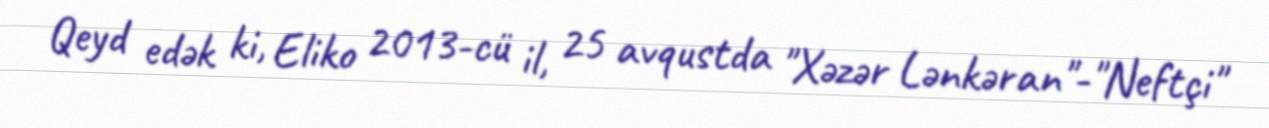
Qeyd edək ki, Eliko 2013-cü il, 25 avqustda "Xəzər Lənkəran"-"Neftçi"